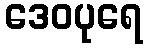
ဒေဝပုရေ